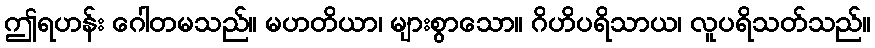
ဤရဟန်း ဂေါတမသည်။ မဟတိယာ၊ များစွာသော။ ဂိဟိပရိသာယ၊ လူပရိသတ်သည်။